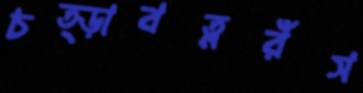
চত্ড়াবত্নরঁস